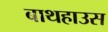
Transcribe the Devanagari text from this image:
बाथहाउस